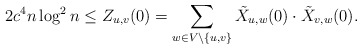
\begin{align*}2c^4n\log^2n \le Z_{u,v}(0) = \sum_{w\in V\setminus\{u,v\}} \tilde X_{u,w}(0)\cdot\tilde X_{v,w}(0).\end{align*}